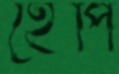
হেপি